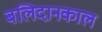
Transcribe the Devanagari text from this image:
बलिदानकाल